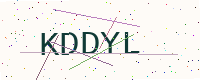
Text: KDDYL